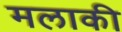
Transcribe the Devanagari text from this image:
मलाकी